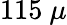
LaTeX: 115~\mu